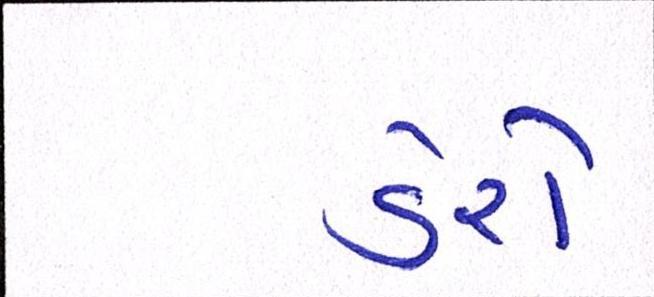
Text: ડેરો